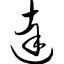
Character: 达